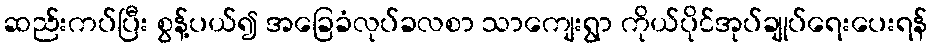
ဆည်းကပ်ပြီး စွန့်ပယ်၍ အခြေခံလုပ်ခလစာ သာကျေးရွာ ကိုယ်ပိုင်အုပ်ချုပ်ရေးပေးရန်